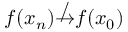
f ( x _ { n } ) \not \to f ( x _ { 0 } )